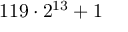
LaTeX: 1 1 9 \cdot 2 ^ { 1 3 } + 1